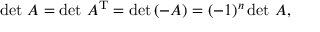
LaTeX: \operatorname* { d e t } \, A = \operatorname* { d e t } \, A ^ { \mathrm { T } } = \operatorname* { d e t } \left( - A \right) = ( - 1 ) ^ { n } \operatorname* { d e t } \, A ,